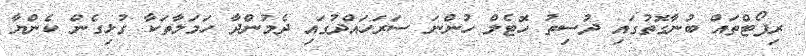
ރިޕޯޓްތައް ބުނާގޮތުގައި ދުސިތު ހޮޓެލް ހުންނަ ސަރަހައްދުގައި ދެމުންދާ ހަމަލާތަކާ ގުޅިގެން ކެންޔާ